Report on vaccination in Madras 1922-1929 - 1922-1929
Year: 1922
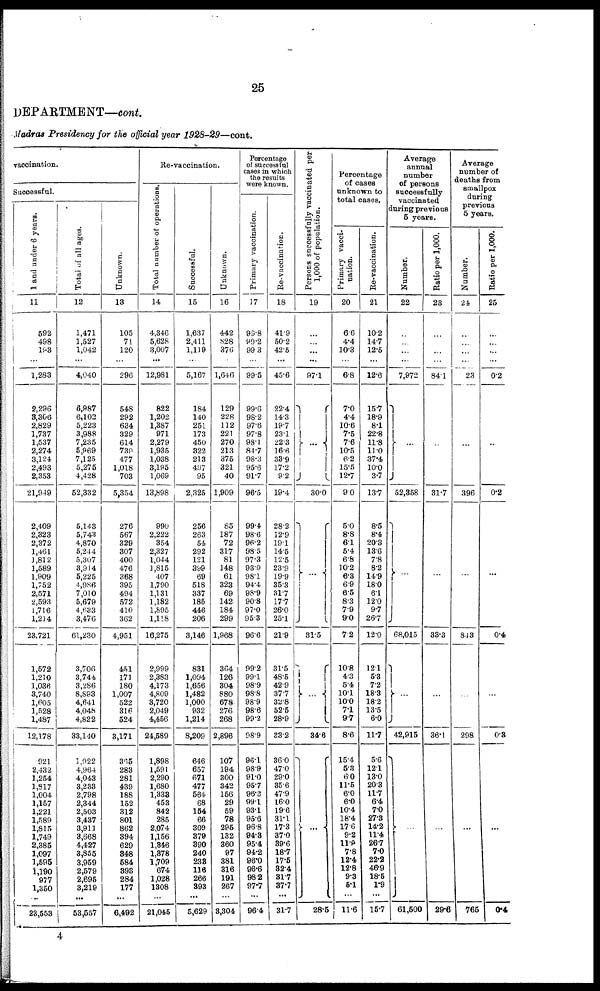
25
DEPARTMENT—cont.
Madras Presidency for the official year 1928-29—cont.
vaccination.
Successful.
1 and under 6 years.
11
592
498
193
...
1,283
2,296
3,306
2,829
1,737
1,537
2,274
3,124
2,493
2,353
21,949
2,409
2,323
2,372
1,461
1,812
1,589
1,909
1,752
2,571
2,593
1,716
1,214
23,721
1,572
1,210
1,036
3,740
1,605
1,528
1,487
12,178
921
2,432
1,254
1,817
1,004
1,157
1,221
1,589
1,815
1,749
2,385
1,097
1,595
1,190
977
1,350
...
23,553
Total of all ages.
12
1,471
1,527
1,042
...
4,040
6,987
6,102
5,223
3,988
7,235
5,969
7,125
5,275
4,428
52,332
5,143
5,743
4,870
5,244
5,307
3,914
5,225
4,986
7,010
5,679
4,633
3,476
61,230
3,706
3,744
3,286
8,893
4,641
4,048
4,822
33,140
1,922
4,964
4,043
3,233
2,798
2,344
2,503
3,437
3,911
3,668
4,427
3,855
3,959
2,579
2,695
3,219
...
53,557
Unknown.
13
105
71
120
...
296
548
292
634
329
614
739
477
1,018
703
5,354
276
567
329
307
400
476
368
395
494
572
410
362
4,951
451
171
180
1,007
522
316
524
3,171
365
283
281
439
188
152
312
801
862
394
629
348
584
393
284
177
...
6,492
Re-vaccination.
Total number of operations.
14
4,346
5,628
3,007
...
12,981
822
1,202
1,387
971
2,279
1,935
1,038
3,195
1,069
13,898
990
2,222
354
2,327
1,044
1,815
407
1,790
1,131
1,182
1,895
1,118
16,275
2,999
2,383
4,173
4,809
3,720
2,049
4,456
24,589
1,898
1,591
2,290
1,680
1,338
453
842
285
2,074
1,156
1,846
1,378
1,709
674
1,028
1,308
...
21,045
Successful.
15
1,637
2,411
1,119
...
5,167
184
140
251
173
450
322
213
497
95
2,325
256
263
54
292
121
399
69
518
337
185
446
206
3,146
831
1,094
1,656
1,482
1,000
932
1,214
8,209
646
657
671
477
564
68
154
66
309
379
390
240
233
116
266
393
...
5,629
Unknown.
16
442
828
376
...
1,646
129
228
112
221
270
213
375
321
40
1,909
85
187
72
317
81
148
61
323
69
142
184
299
1,968
364
126
304
880
678
276
268
2,896
107
194
300
342
156
29
59
78
295
132
360
97
381
316
191
267
...
3,304
Percentage
of successful
cases in which
the results
were known.
Primary vaccination.
17
99.8
89.2
99.3
...
99.5
99.6
98.2
97.6
97.8
98.1
84.7
98.3
95.6
91.7
96.5
99.4
98.6
96.2
98.5
97.3
93.9
98.1
94.4
98.9
90.8
97.0
95.3
96.6
99.2
99.1
98.9
98.8
98.9
98.6
99.2
98.9
96.1
98.9
91.0
95.7
96.3
99.1
93.1
95.6
96.8
94.3
95.4
94.2
96.0
96.6
98.2
97.7
...
96.4
Re-vaccination.
18
41.9
50.2
42.5
...
45.6
22.4
14.3
19.7
23.1
22.3
16.6
33.9
17.2
9.2
19.4
28.2
12.9
19.1
14.5
12.5
23.9
19.9
35.3
31.7
17.7
26.0
25.1
21.9
31.5
48.5
42.9
37.7
32.8
52.5
28.9
33.2
36.0
47.0
29.0
35.6
47.9
16.0
19.6
31.1
17.3
37.0
39.6
18.7
17.5
32.4
31.7
37.7
...
31.7
Persons successfully vaccinated per
1,000 of population.
19
...
...
...
...
97.1
...
30.0
...
31.5
...
34.6
...
28.5
Percentage
of cases
unknown to
total cases.
Primary vacci-
nation.
20
6.6
4.4
10.3
...
6.8
7.0
4.4
10.6
7.5
7.6
10.5
6.2
15.5
12.7
9.0
5.0
8.8
6.1
5.4
6.8
10.2
6.3
6.9
6.5
8.3
7.9
9.0
7.2
10.8
4.3
5.4
10.1
10.0
7.1
9.7
8.6
15.4
5.3
6.0
11.5
6.0
6.0
10.4
18.4
17.6
9.2
11.0
7.8
12.4
12.8
9.3
5.1
...
11.6
Re-vaccination.
21
10.2
14.7
12.5
...
12.6
15.7
18.9
8.1
22.8
11.8
11.0
37.4
10.0
3.7
13.7
8.5
8.4
20.3
13.6
7.8
8.2
14.9
18.0
6.1
12.0
9.7
26.7
12.0
12.1
5.3
7.2
18.3
18.2
13.5
6.0
11.7
5.6
12.1
13.0
20.3
11.7
6.4
7.0
27.3
14.2
11.4
26.7
7.0
22.2
46.9
18.5
1.9
...
15.7
Average
annual
number
of persons
successfully
vaccinated
during previous
5 years.
Number.
22
...
...
...
...
7,972
...
52,358
...
68,015
...
42,915
...
61,500
Ratio per 1,000.
23
...
...
...
...
84.1
...
31.7
...
33.3
...
36.1
...
29.6
Average
number of
deaths from
smallpox
during
previous
5 years.
Number.
24
...
...
...
...
23
...
396
...
843
...
298
...
765
Ratio per 1,000.
25
...
...
...
...
0.2
...
0.2
...
0.4
...
0.3
...
0.4
4